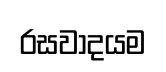
රසවාදයම